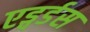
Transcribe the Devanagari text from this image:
एड्वर्डस